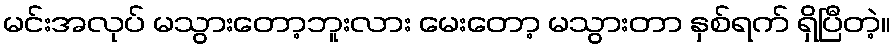
မင်းအလုပ် မသွားတော့ဘူးလား မေးတော့ မသွားတာ နှစ်ရက် ရှိပြီတဲ့။